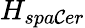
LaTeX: H_{spa\mathcal{C}er}